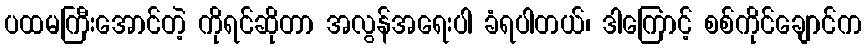
ပထမကြီးအောင်တဲ့ ကိုရင်ဆိုတာ အလွန်အရေးပါ ခံရပါတယ်၊ ဒါကြောင့် စစ်ကိုင်ချောင်က